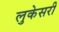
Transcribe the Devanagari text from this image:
लुकेसरी